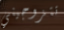
تتزوجيني